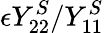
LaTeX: \epsilon Y_{22}^{S}/Y_{11}^{S}